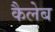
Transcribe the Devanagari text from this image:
कैलेब